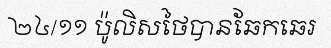
២៤/១១ ប៉ូលិសថៃបានឆែកឆេរ